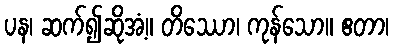
ပန၊ ဆက်၍ဆိုအံ့။ တိဿော၊ ကုန်သော။ ဧတာ၊